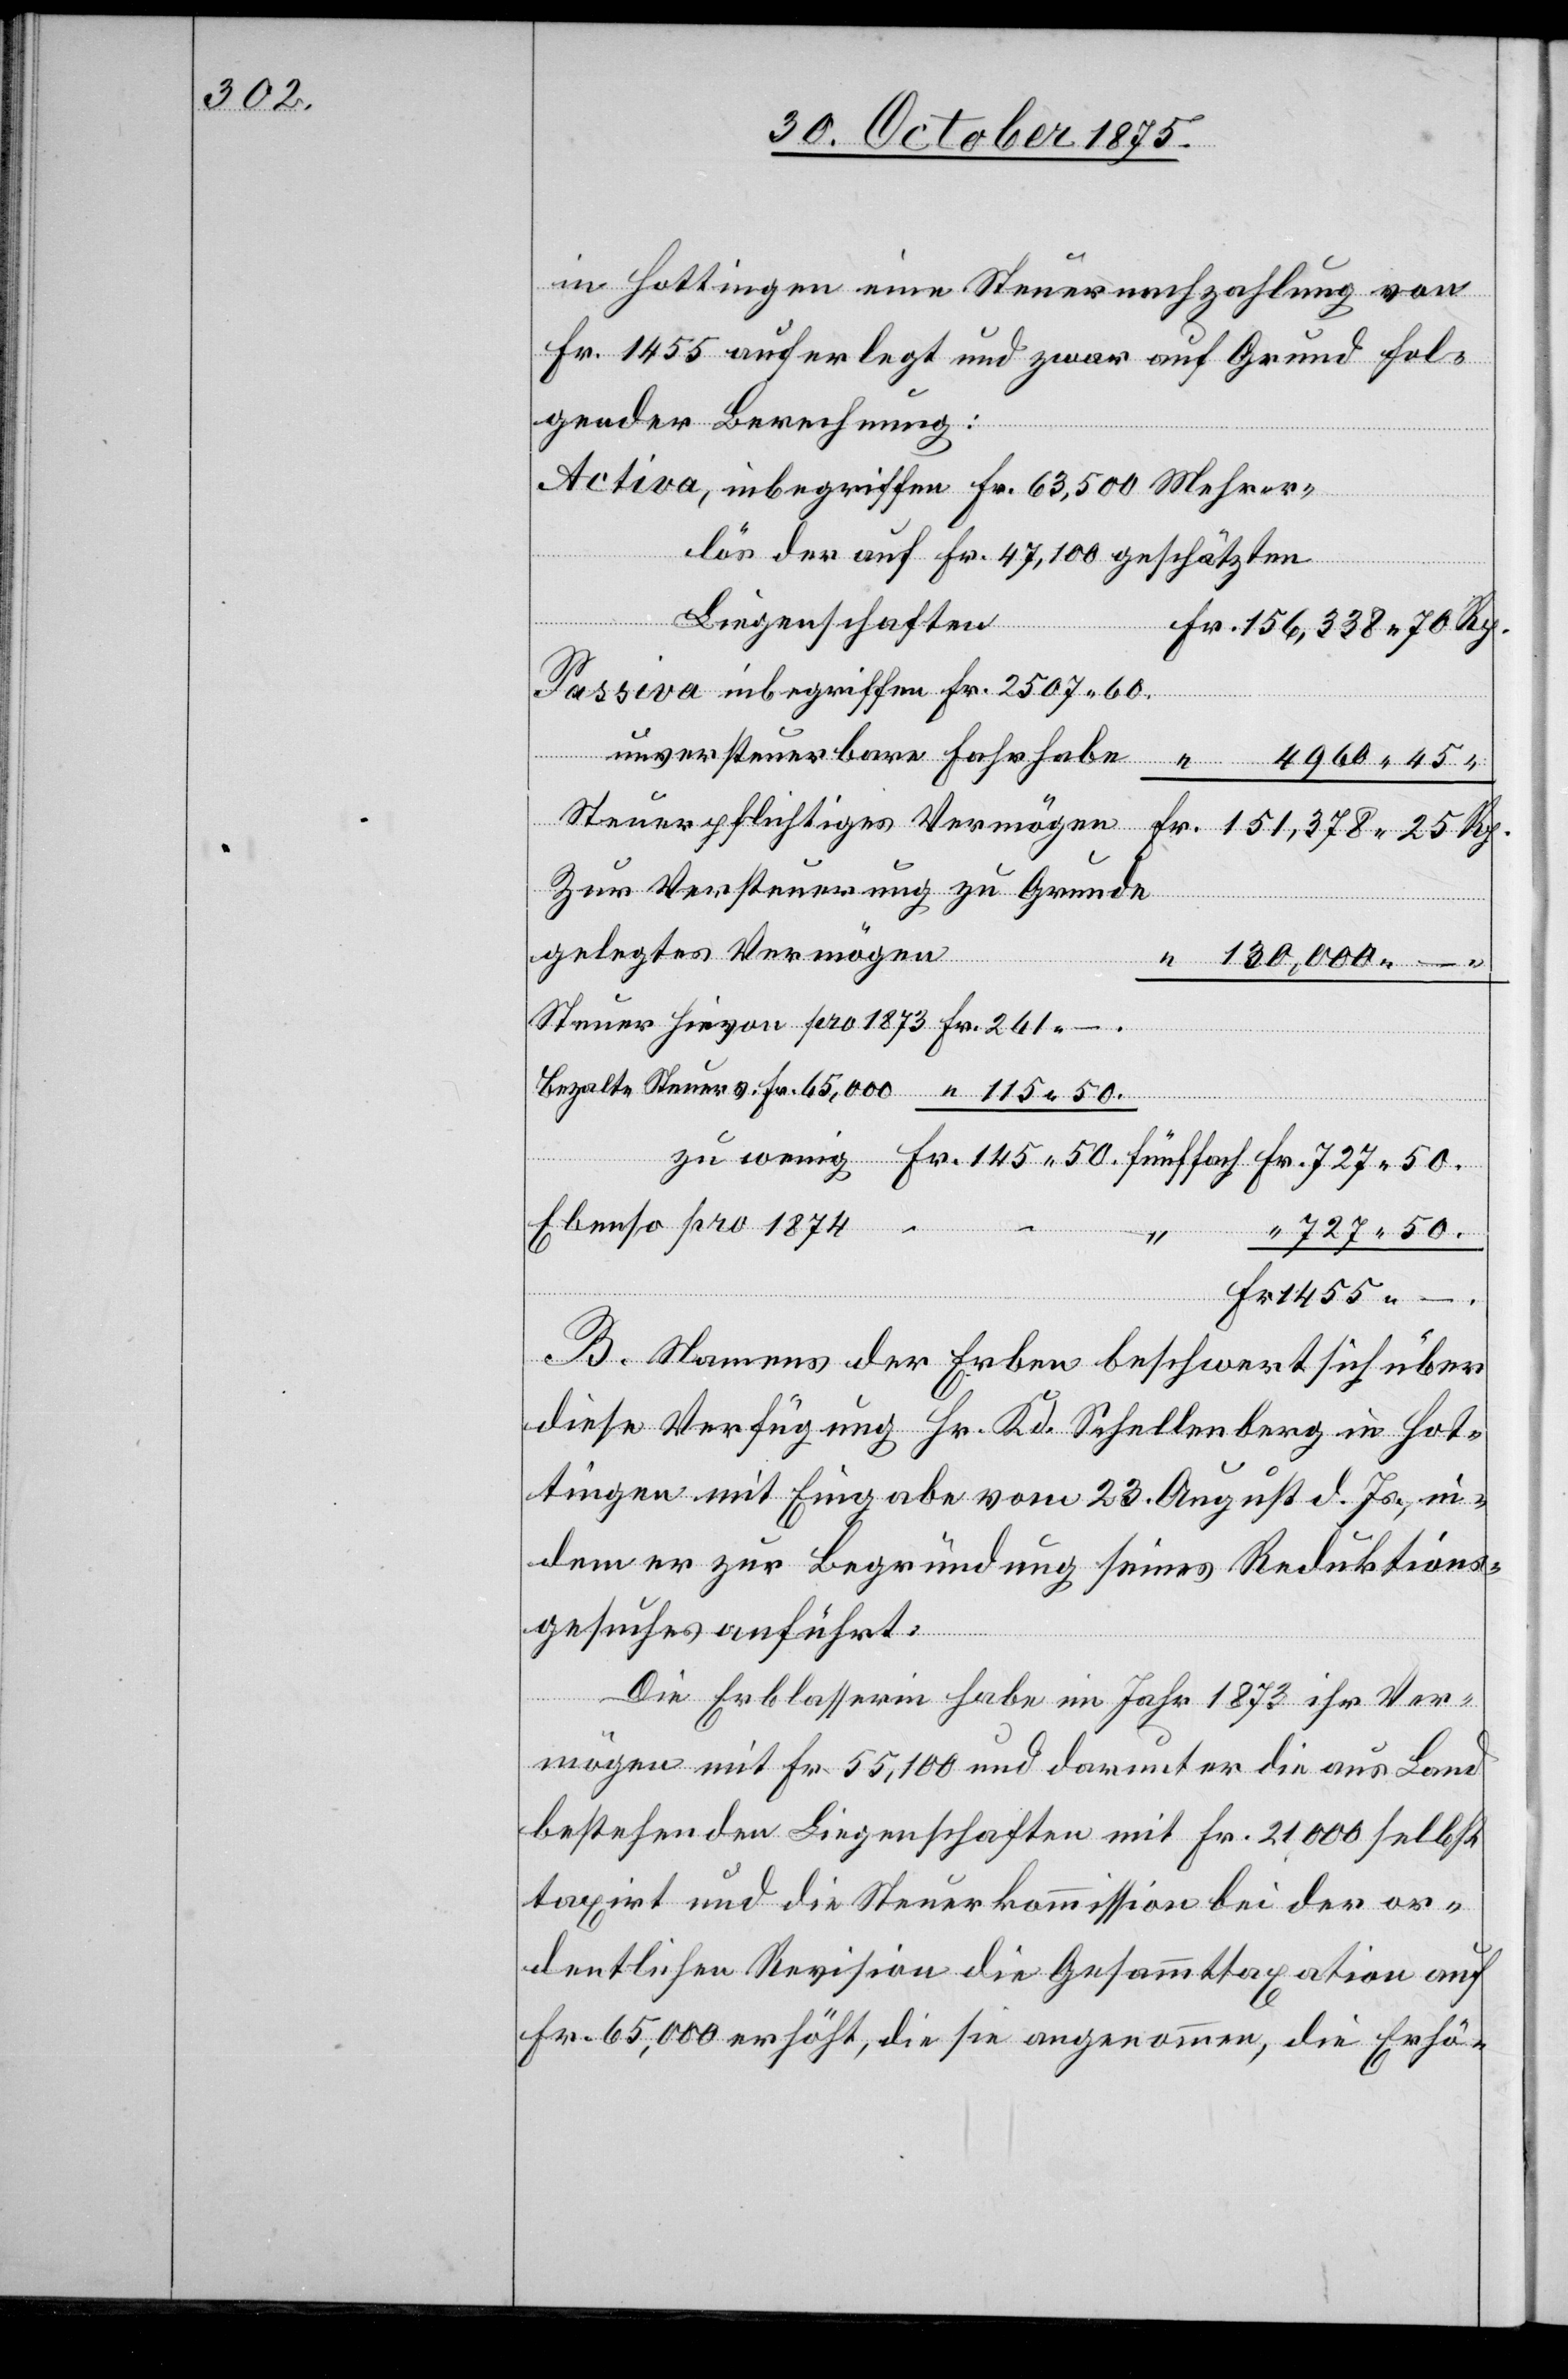
in Hottingen eine Steuernachzahlung von
Fr. 1455 auferlegt und zwar auf Grund fol¬
gender Berechnung:
Activa, inbegriffen Fr. 63,500 Mehrer¬
lös der auf Fr. 47,100 geschätzten
Liegenschaften
Passiva inbegriffen Fr. 2507 60
Zur Versteuerung zu Grunde
gelegtes Vermögen
130,000 –
Ebenso pro 1874
unverst¬
727 50.
Fr.
1455 –.
Fr.
B. Namens der Erben beschwert sich über
diese Verfügung Hr. Kd. Schellenberg in Hot¬
tingen mit Eingabe vom 23. August d. Js., in¬
dem er zur Begründung seines Reduktions¬
gesuches anführt:
Die Erblasserin habe im Jahr 1873 ihr Ver¬
mögen mit Fr. 55,100 und darunter die aus Land
bestehenden Liegenschaften mit Fr. 21000 selbst
taxirt und die Steuerkommission bei der or¬
dentlichen Revision die Gesammttaxation auf
Fr. 65,000 erhöht, die sie angenommen, die Erhö-